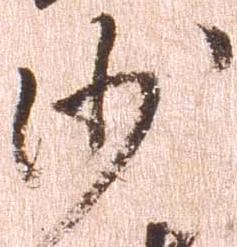
沙